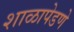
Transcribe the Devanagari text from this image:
शाळापेडणे